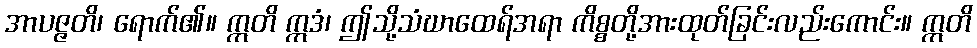
အာပဇ္ဇတိ၊ ရောက်၏။ ဣတိ ဣဒံ၊ ဤသို့သံဃာထေရ်အရာ ကိစ္စတို့အားထုတ်ခြင်းလည်းကောင်း။ ဣတိ